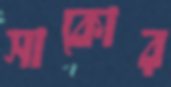
সাকোর